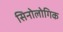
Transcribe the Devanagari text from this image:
सिनोलोगिक